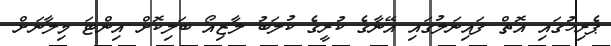
ޕެރިހުގައި އޮތް ފައިނަލުގައި އޭނާގެ ކުރީގެ ކުލަބު ލާޒިއޯ ބަލިކޮށް އިންޓަ މިލާނަށް